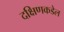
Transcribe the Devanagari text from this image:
दक्षिणकडेल